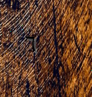
٦